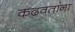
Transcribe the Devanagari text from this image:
कढवतांना